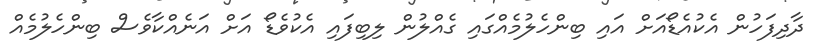
ދާދިފަހުން އެކުއެޑޯއަށް އައި ބިންހެލުމެއްގައި ގެއްލުން ލިބިފައި އެކުވެޑޯ އަށް އަނެއްކާވެސް ބިންހެލުމެއް